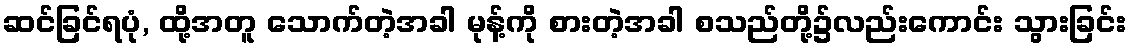
ဆင်ခြင်ရပုံ, ထို့အတူ သောက်တဲ့အခါ မုန့်ကို စားတဲ့အခါ စသည်တို့၌လည်းကောင်း သွားခြင်း